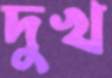
দুখ